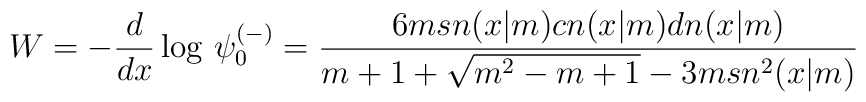
W=-{d\over dx}\log\,\psi_0^{(-)}={6 m sn(x|m)cn(x|m)dn(x|m)\over m+1+\sqrt{m^2-m+1}-3m sn^2(x|m)}